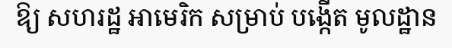
ឱ្យ សហរដ្ឋ អាមេរិក សម្រាប់ បង្កើត មូលដ្ឋាន